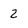
Character: 2